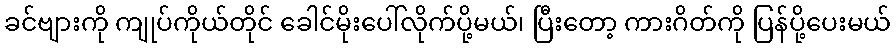
ခင်ဗျားကို ကျုပ်ကိုယ်တိုင် ခေါင်မိုးပေါ်လိုက်ပို့မယ်၊ ပြီးတော့ ကားဂိတ်ကို ပြန်ပို့ပေးမယ်